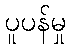
ပူပန်မှု